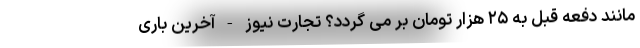
مانند دفعه قبل به ۲۵ هزار تومان بر می گردد؟ تجارت نیوز - آخرین باری